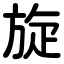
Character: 旋